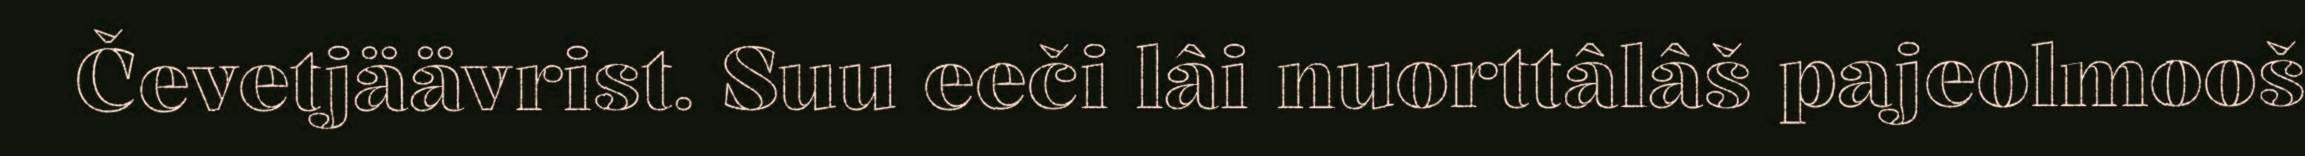
Čevetjäävrist. Suu eeči lâi nuorttâlâš pajeolmooš